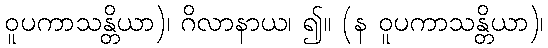
ဝူပကာသန္တိယာ)၊ ဂိလာနာယ၊ ၍။ (န ဝူပကာသန္တိယာ)၊